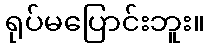
ရုပ်မပြောင်းဘူး။